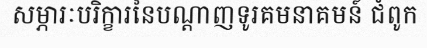
សម្ភារៈបរិក្ខារនៃបណ្តាញទូរគមនាគមន៍ ជំពូក